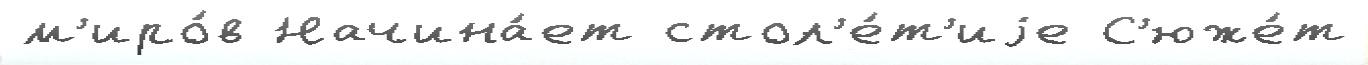
м'иро́в Начина́ет стол'е́т'иjе С'юже́т